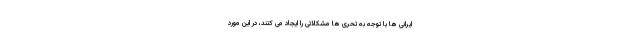
ایرانی ها با توجه به تحری ها مشکلاتی را ایجاد می کنند، در این مورد